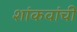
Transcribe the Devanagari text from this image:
शांकवांची